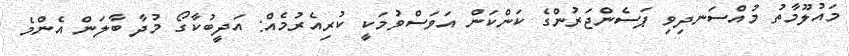
މައުލޫމާތު މުއްސަނދިވި ޕަސެންޖަރުންގެ ކަންކަން އަވަސްވުމަކީ ކުރިއެރުމެއް: އަދީބުކާގޯ މުދާ ބާލަން އެންމެ